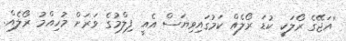
''އަޖޭގެ ރޯލަކީ ކުޑަ ރޯލެއް ކަމުގައިވިޔަސް އެއީ ފިލްމުގެ ވަރަށް މުހިއްމު ރޯލެއް.